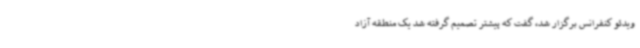
ویدئو کنفرانس برگزار شد، گفت که پیشتر تصمیم گرفته شد یک منطقه آزاد